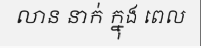
លាន នាក់ ក្នុង ពេល